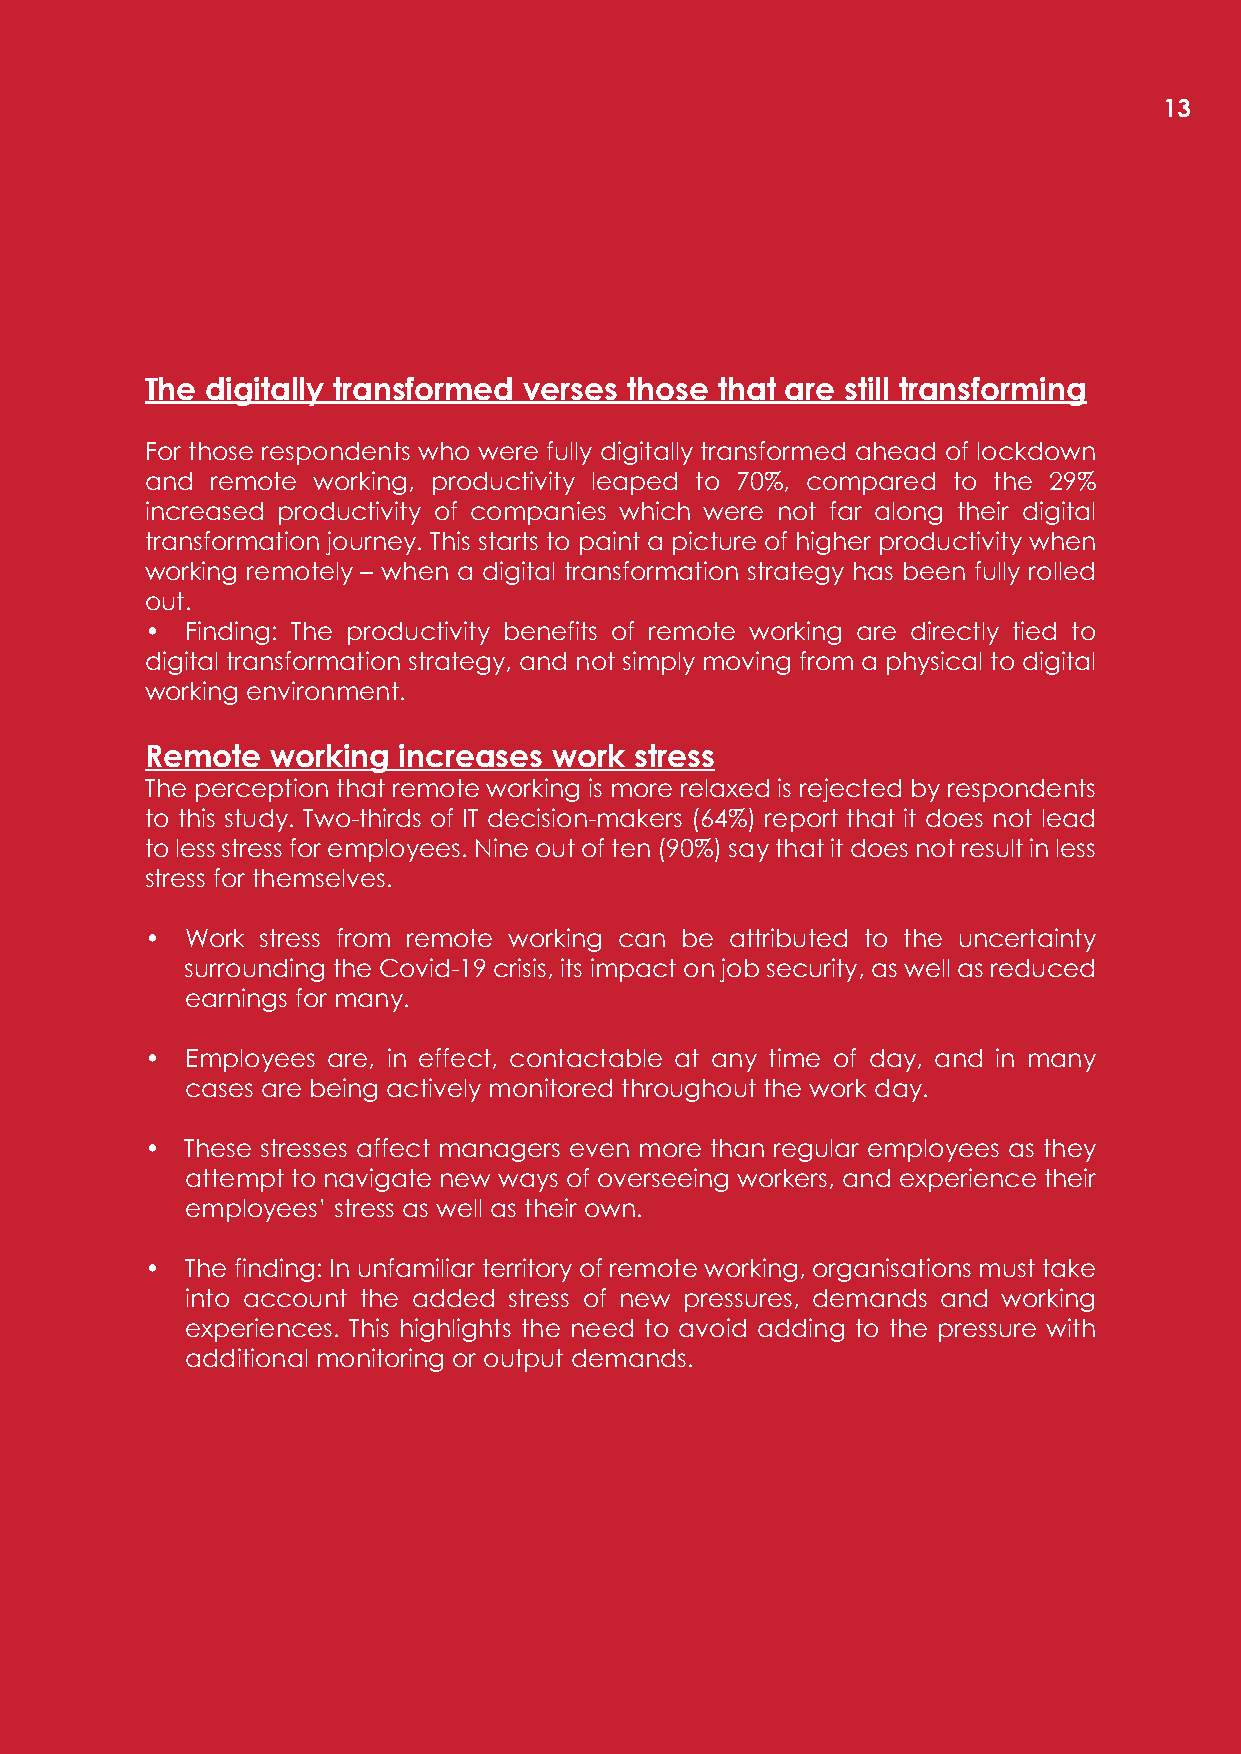
13
 The digitally transformed verses those that are still transforming
 For those respondents who were fully digitally transformed ahead of lockdown
 and remote working, productivity leaped to 70%, compared to the 29%
 increased productivity of companies which were not far along their digital
 transformation journey. This starts to paint a picture of higher productivity when
 working remotely – when a digital transformation strategy has been fully rolled
 out.
 • Finding: The productivity benefits of remote working are directly tied to
 digital transformation strategy, and not simply moving from a physical to digital
 working environment.
 Remote  working increases  work stress
 The perception that remote working is more relaxed is rejected by respondents
 to this study. Two-thirds of IT decision-makers (64%) report that it does not lead
 to less stress for employees. Nine out of ten (90%) say that it does not result in less
 stress for themselves.
 • Work stress from remote working can be attributed to the uncertainty
 surrounding the Covid-19 crisis, its impact on job security, as well as reduced
 earnings for many.
 • Employees are, in effect, contactable at any time of day, and in many
 cases are being actively monitored throughout the work day.
 • These stresses affect managers even more than regular employees as they
 attempt to navigate new ways of overseeing workers, and experience their
 employees’ stress as well as their own.
 • The finding: In unfamiliar territory of remote working, organisations must take
 into account the added stress of new pressures, demands and working
 experiences. This highlights the need to avoid adding to the pressure with
 additional monitoring or output demands.